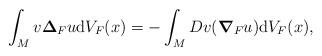
LaTeX: \begin{align*}\int_M v\boldsymbol{\Delta}_F u {\text d}V_F(x)=-\int_MDv(\boldsymbol{\nabla}_F u){\text d}V_F(x),\end{align*}